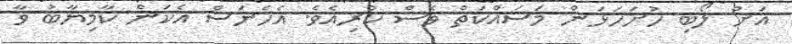
އަށް ލޯބި ހުށަހަޅަން މަސައްކަތް ވެސް ކުރިއެވެ. އެހެނަސް އެކަން ކާމިޔާބު ވާ